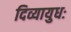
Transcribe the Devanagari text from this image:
दिव्यायुधः